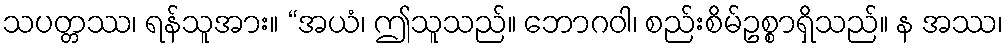
သပတ္တဿ၊ ရန်သူအား။ “အယံ၊ ဤသူသည်။ ဘောဂဝါ၊ စည်းစိမ်ဥစ္စာရှိသည်။ န အဿ၊